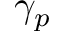
\gamma _ { p }